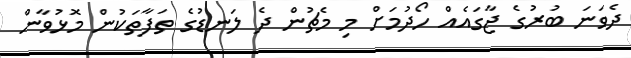
ދެވަނަ ބުރުގެ ޖާގައެއް ހޯދުމަށް މި މެޗުން ދެ ލަނޑުގެ ތަފާތަކުން މޮޅުވާން